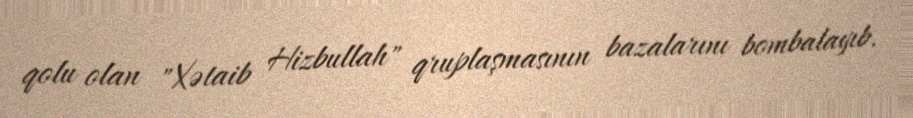
qolu olan "Xətaib Hizbullah" qruplaşmasının bazalarını bombalayıb.